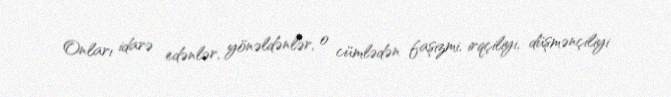
Onları idarə edənlər, yönəldənlər, o cümlədən faşizmi, irqçiliyi, düşmənçiliyi